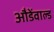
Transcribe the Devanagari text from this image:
औडेंवाल्ड